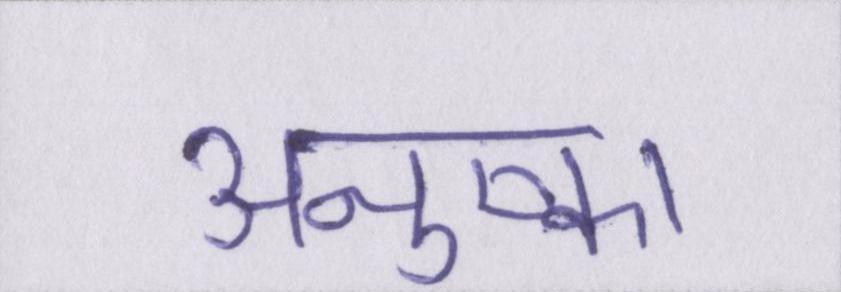
अनुष्का